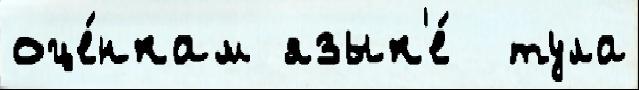
оце́нкам язык'е́  тула